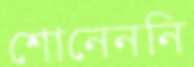
শোনেননি